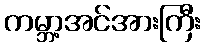
ကမ္ဘာ့အင်အားကြီး